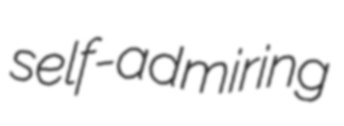
self-admiring